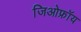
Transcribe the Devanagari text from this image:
जिओफ्रॉय